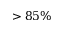
> 8 5 \%